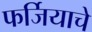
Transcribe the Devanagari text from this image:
फर्जियाचे